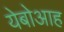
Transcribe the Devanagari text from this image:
येबोआह